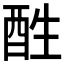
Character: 𨠠